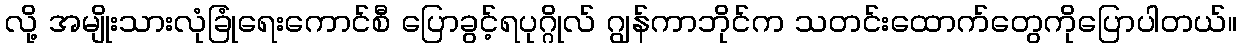
လို့ အမျိုးသားလုံခြုံရေးကောင်စီ ပြောခွင့်ရပုဂ္ဂိုလ် ဂျွန်ကာဘိုင်က သတင်းထောက်တွေကိုပြောပါတယ်။